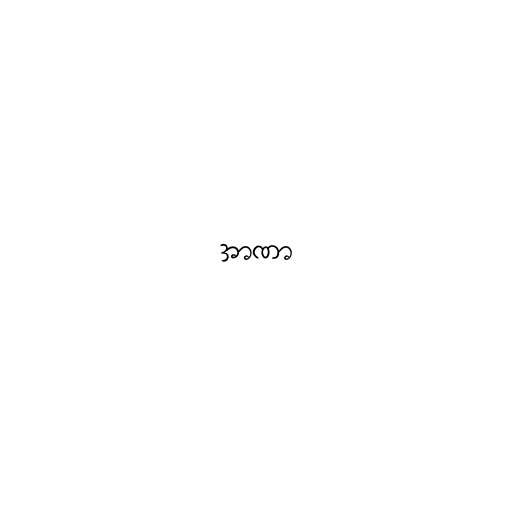
အာဏာ